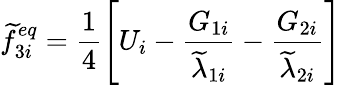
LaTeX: \widetilde{f}_{3i}^{eq}=\frac{1}{4}\left[U_{i}-\frac{G_{1i}}{\widetilde{\lambda}_{1i}}-\frac{G_{2i}}{\widetilde{\lambda}_{2i}}\right]